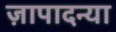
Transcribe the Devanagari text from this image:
ज़ापादन्या